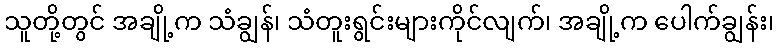
သူတို့တွင် အချို့က သံချွန်၊ သံတူးရွင်းများကိုင်လျက်၊ အချို့က ပေါက်ချွန်း၊